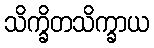
သိက္ခိတသိက္ခာယ